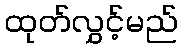
ထုတ်လွှင့်မည်